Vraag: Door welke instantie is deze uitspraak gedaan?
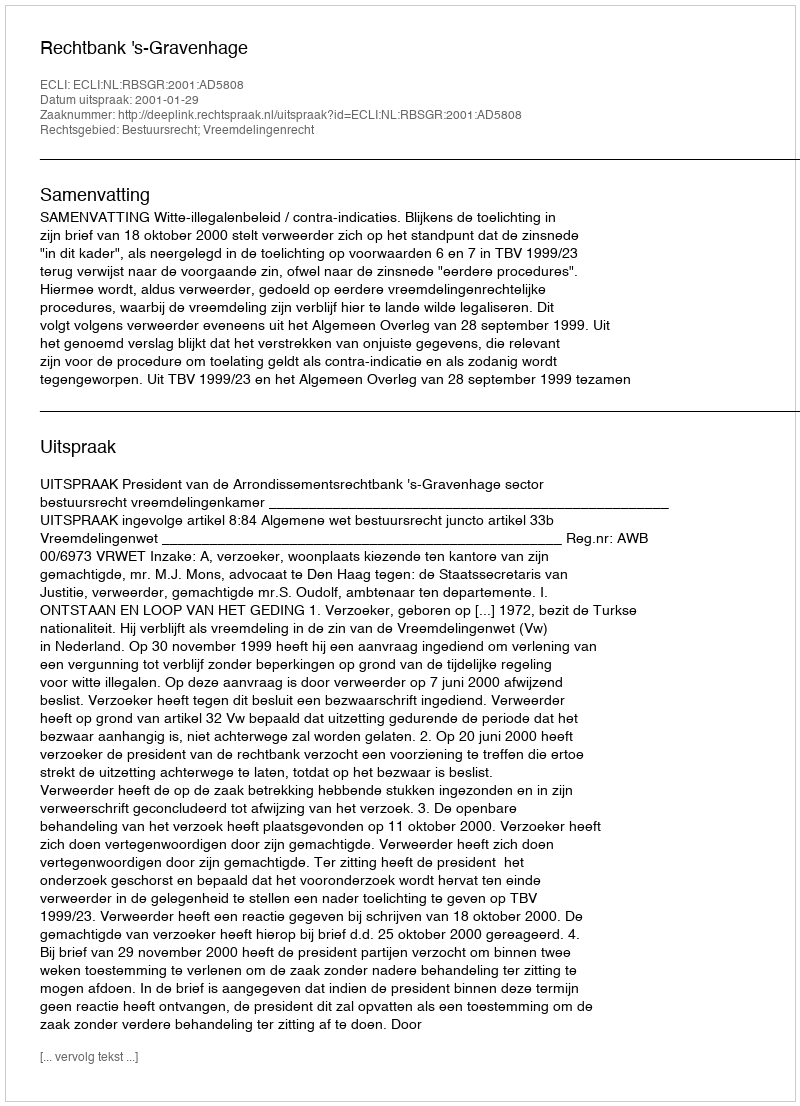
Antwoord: Rechtbank 's-Gravenhage